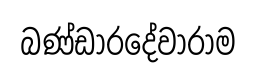
බණ්ඩාරදේවාරාම